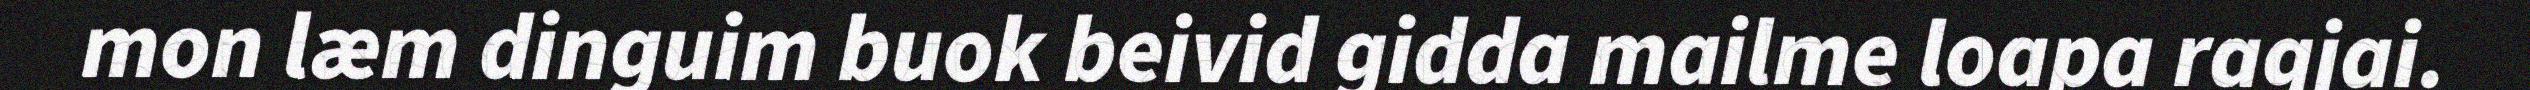
mon læm dinguim buok beivid gidda mailme loapa ragjai.